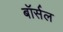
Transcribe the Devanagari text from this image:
बॉर्सल